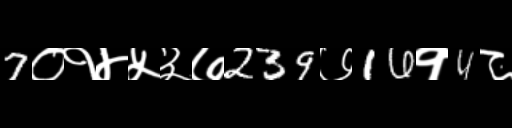
Text: 7०१४५३७239७16१4८